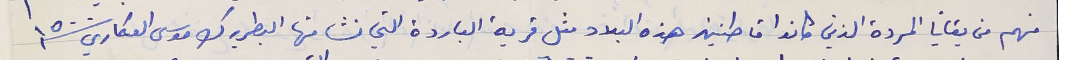
منهم من بقايا المردة الذين كانوا قاطنين هذه البلاد مثل قرية الباردة التي نشا منها البطريرك موسى العكاري سنة ١٥٠٠